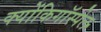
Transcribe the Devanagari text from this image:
क्योंकिगॉस्पेल